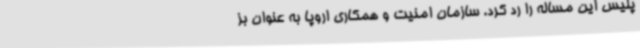
پلیس این مساله را رد کرد. سازمان امنیت و همکاری اروپا به عنوان بز